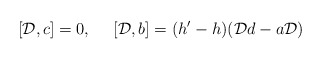
\begin{align*}[{\cal D},c]=0,\ \ \ \ [{\cal D},b]=(h'-h)({\cal D}d-a{\cal D})\end{align*}